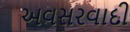
અવસરવાદી